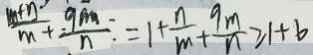
\frac { m + n } { m } + \frac { 9 m } { n } \cdot = 1 + \frac { n } { m } + \frac { 9 m } { n } \geq 1 + b